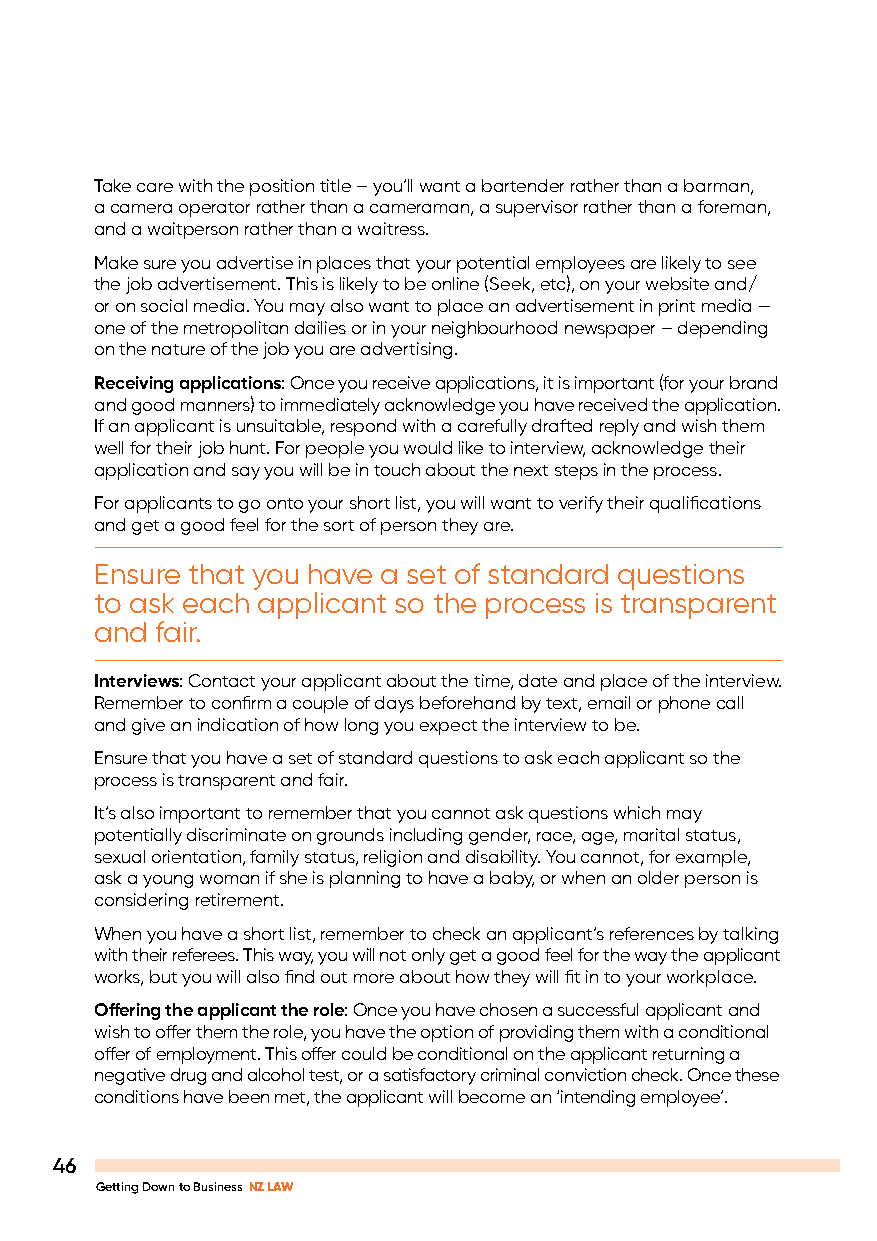
Take care with the position title – you’ll want a bartender rather than a barman,
 a camera operator rather than a cameraman, a supervisor rather than a foreman,
 and a waitperson rather than a waitress.
 Make sure you advertise in places that your potential employees are likely to see
 the job advertisement. This is likely to be online (Seek, etc), on your website and/
 or on social media. You may also want to place an advertisement in print media —
 one of the metropolitan dailies or in your neighbourhood newspaper – depending
 on the nature of the job you are advertising.
 Receiving applications: Once you receive applications, it is important (for your brand
 and good manners) to immediately acknowledge you have received the application.
 If an applicant is unsuitable, respond with a carefully drafted reply and wish them
 well for their job hunt. For people you would like to interview, acknowledge their
 application and say you will be in touch about the next steps in the process.
 For applicants to go onto your short list, you will want to verify their qualifications
 and get a good feel for the sort of person they are.
 Ensure that you have a set of standard questions
 to ask each applicant so the process is transparent
 and fair.
 Interviews: Contact your applicant about the time, date and place of the interview.
 Remember to confirm a couple of days beforehand by text, email or phone call
 and give an indication of how long you expect the interview to be.
 Ensure that you have a set of standard questions to ask each applicant so the
 process is transparent and fair.
 It’s also important to remember that you cannot ask questions which may
 potentially discriminate on grounds including gender, race, age, marital status,
 sexual orientation, family status, religion and disability. You cannot, for example,
 ask a young woman if she is planning to have a baby, or when an older person is
 considering retirement.
 When you have a short list, remember to check an applicant’s references by talking
 with their referees. This way, you will not only get a good feel for the way the applicant
 works, but you will also find out more about how they will fit in to your workplace.
 Offering the applicant the role: Once you have chosen a successful applicant and
 wish to offer them the role, you have the option of providing them with a conditional
 offer of employment. This offer could be conditional on the applicant returning a
 negative drug and alcohol test, or a satisfactory criminal conviction check. Once these
 conditions have been met, the applicant will become an ‘intending employee’.
 46
 Getting Down to Business NZ LAW